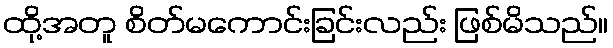
ထို့အတူ စိတ်မကောင်းခြင်းလည်း ဖြစ်မိသည်။